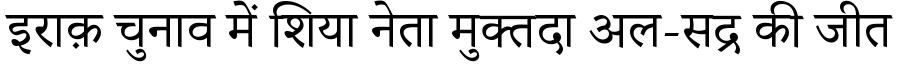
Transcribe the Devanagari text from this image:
इराक़ चुनाव में शिया नेता मुक्तदा अल-सद्र की जीत